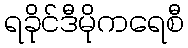
ရခိုင်ဒီမိုကရေစီ